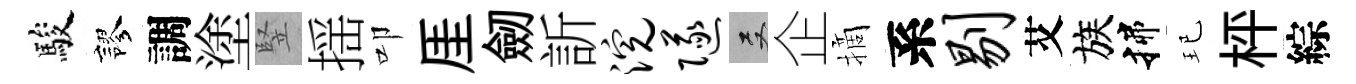
駿謬調塗竪揺叩厓劒訢浣隧双企摘系剔艾族揲玘枰綜